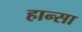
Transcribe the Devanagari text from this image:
हान्सा